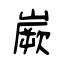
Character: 嶡